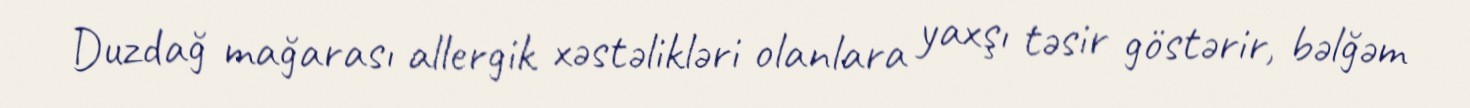
Duzdağ mağarası allergik xəstəlikləri olanlara yaxşı təsir göstərir, bəlğəm